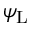
\psi _ { \mathrm { { L } } }